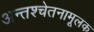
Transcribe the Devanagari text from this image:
अन्तश्चेतनामूलक